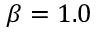
\beta = 1 . 0